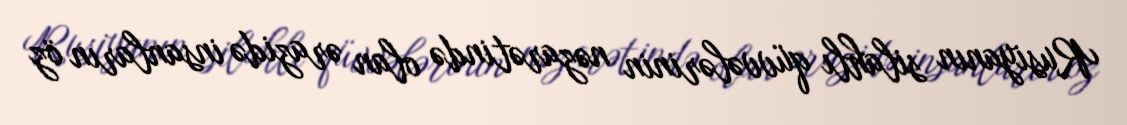
Rusiyanın silahlı qüvvələrinin nəzarətində olan ərazidə insanların öz